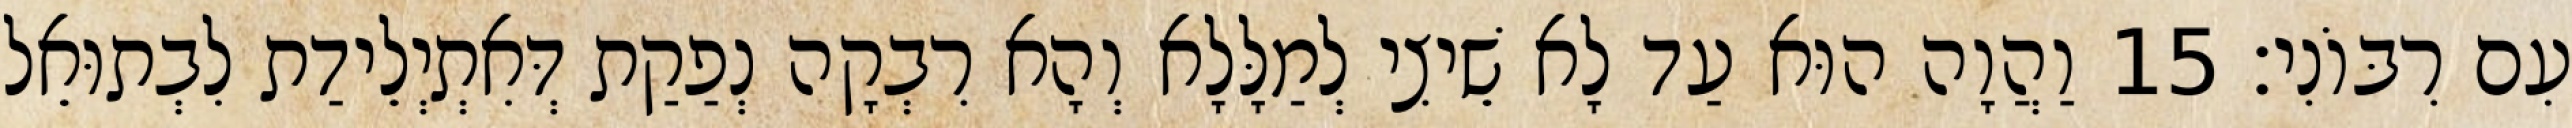
עִם רִבּוֹנִי׃ 15 וַהֲוָה הוּא עַד לָא שֵׁיצִי לְמַלָּלָא וְהָא רִבְקָה נְפַקַת דְּאִתְיְלֵידַת לִבְתוּאֵל